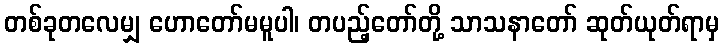
တစ်ခုတလေမျှ ဟောတော်မမူပါ၊ တပည့်တော်တို့ သာသနာတော် ဆုတ်ယုတ်ရာမှ